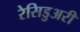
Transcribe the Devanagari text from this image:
रेसिडुअरी